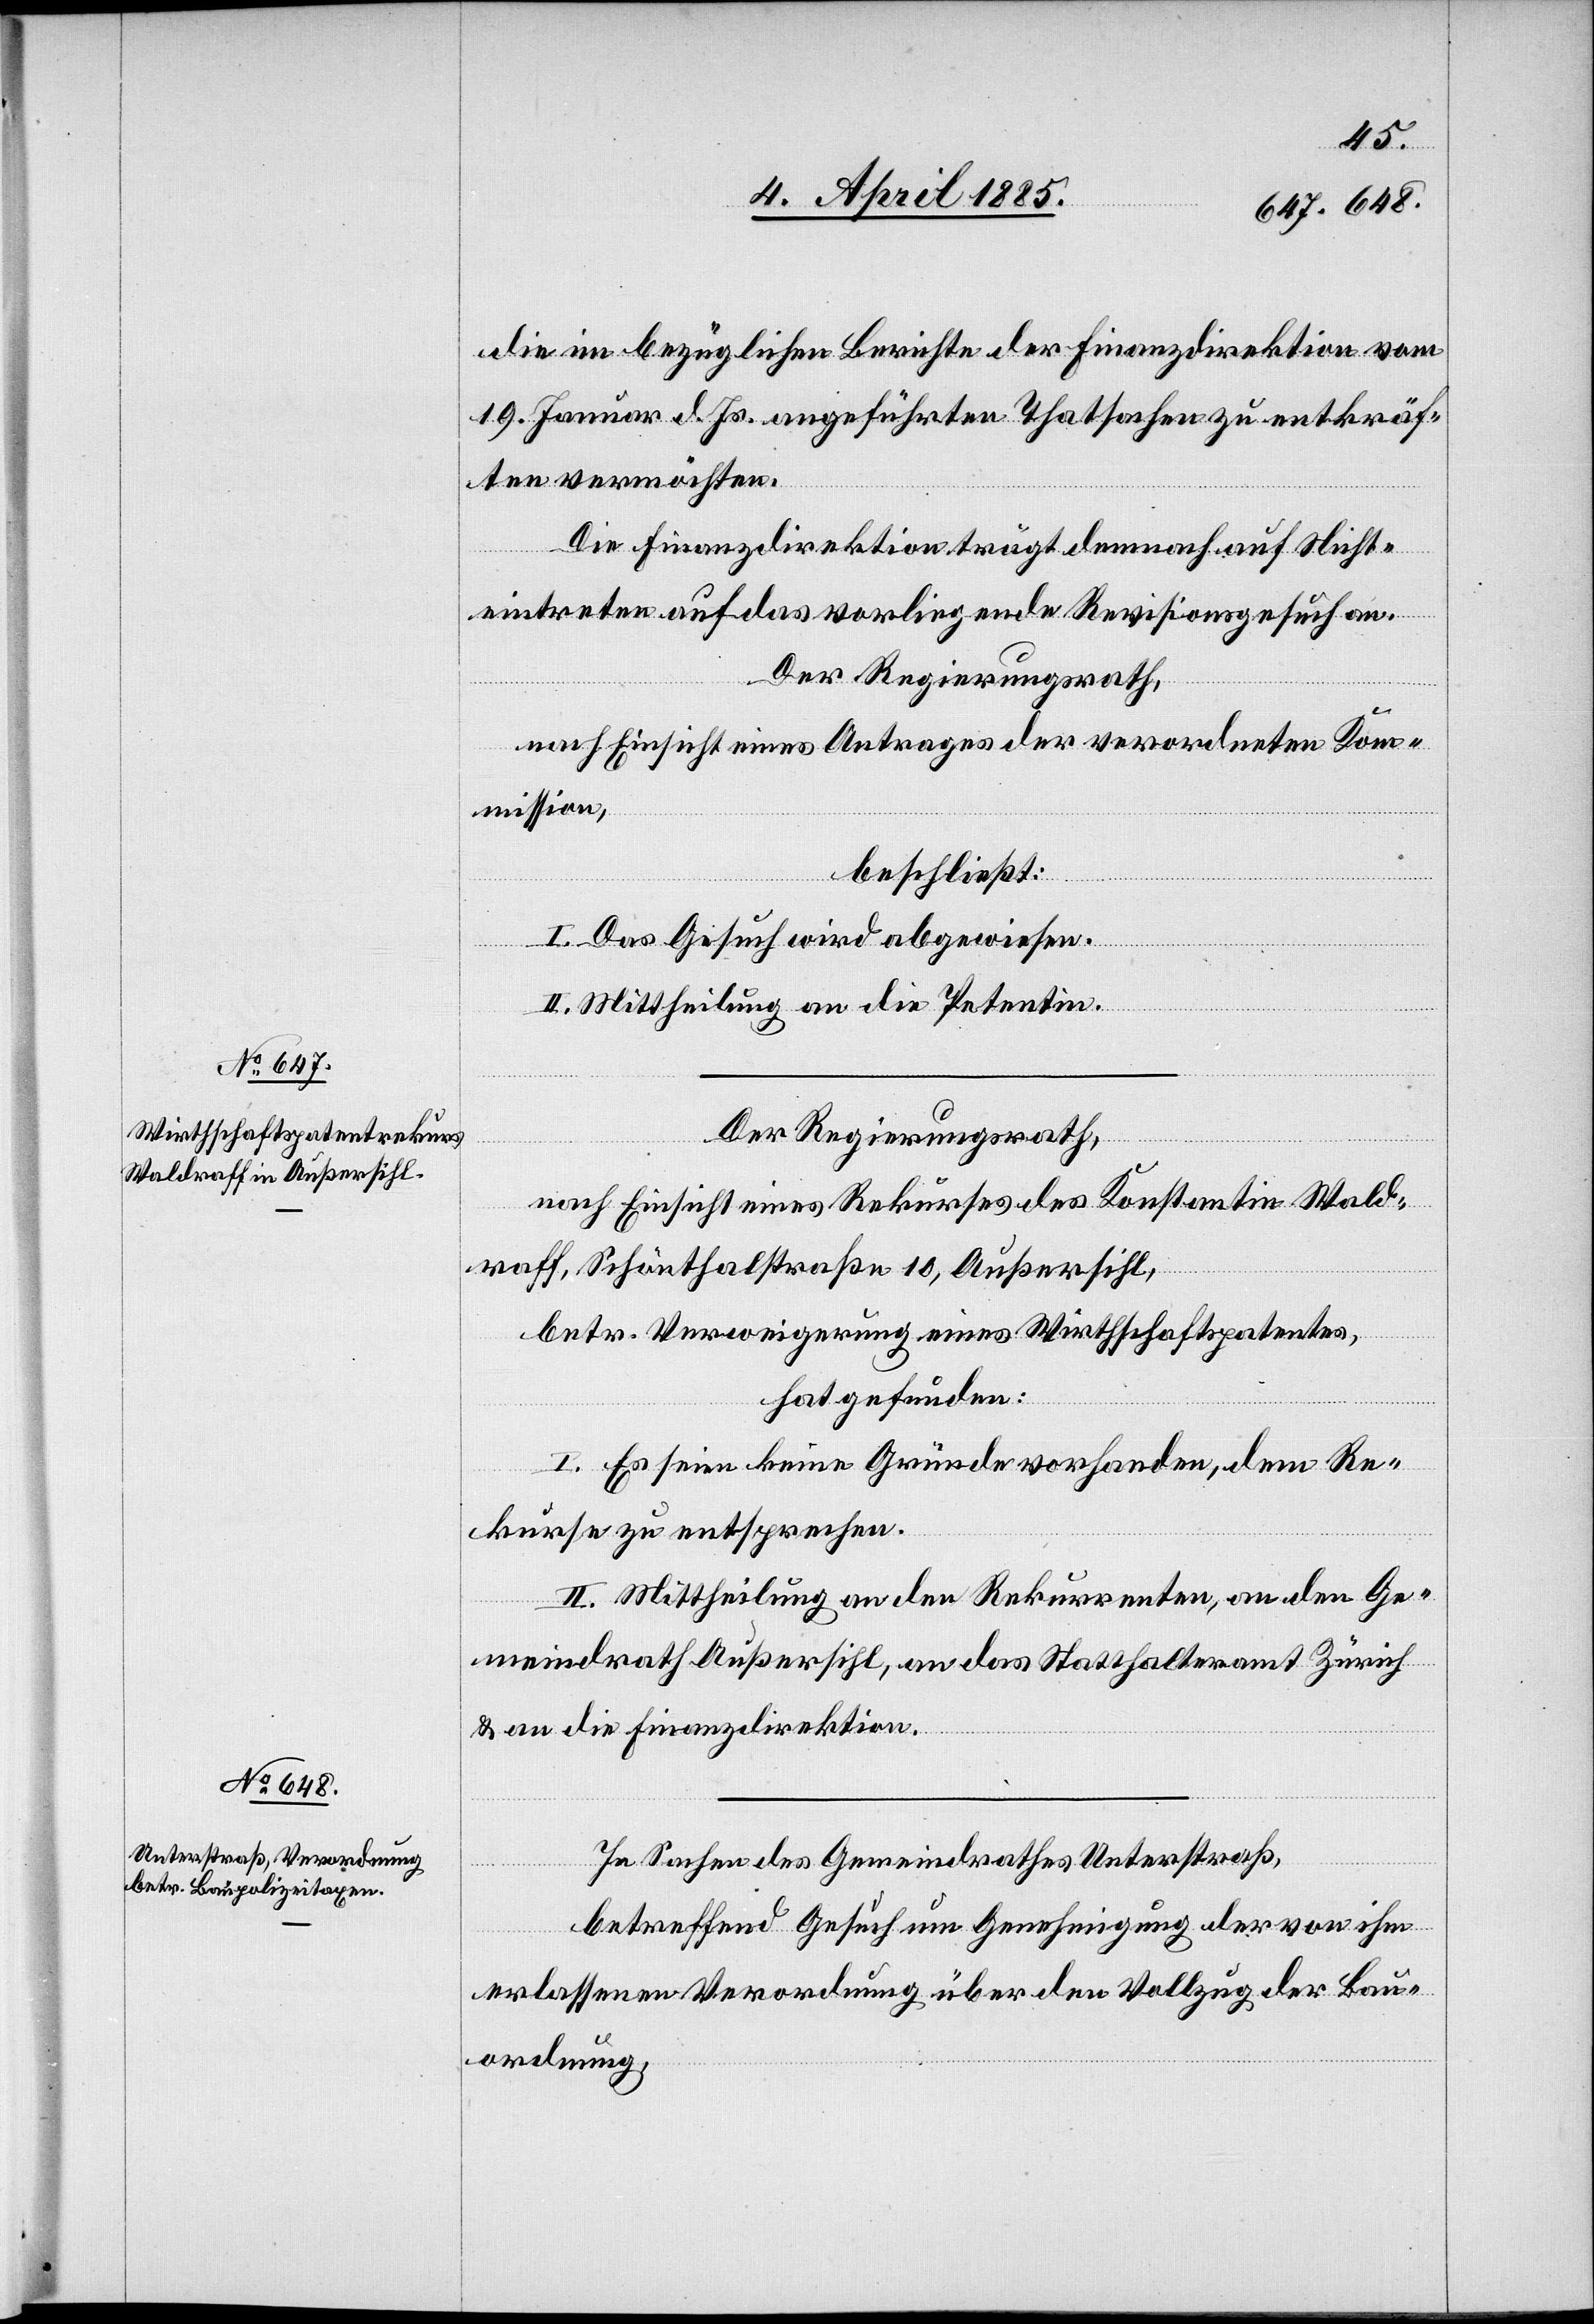
die im bezüglichen Berichte der Finanzdirektion vom
19. Jenner d. Js. angeführten Thatsachen zu entkräf¬
tigen vermöchten.
Die Finanzdirektion trägt demnach auf Nicht¬
eintreten auf das vorliegende Revisionsgesuch an.
Der Regierungsrath,
nach Einsicht eines Antrages der verordneten Kom¬
mission,
beschließt:
I. Das Gesuch wird abgewiesen.
II. Mittheilung an die Petentin.
Der Regierungsrath,
nach Einsicht eines Rekurses des Konstatin Wald¬
raff, Schönthalstraße 10, Außersihl,
betr. Verweigerung eines Wirthschaftspatentes,
hat gefunden:
I. Es seien keine Gründe vorhanden, dem Re¬
kurse zu entsprechen.
II. Mittheilung an den Rekurrenten, an den Ge¬
meindrath Außersihl, an das Statthalteramt Zürich
& an die Finanzdirektion.
In Sachen des Gemeindrathes Unterstraß,
betreffend Gesuch um Genehmigung der von ihm
erlassenen Verordnung über den Vollzug der Bau¬
ordnung,